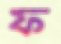
ফ